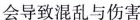
会导致混乱与伤害